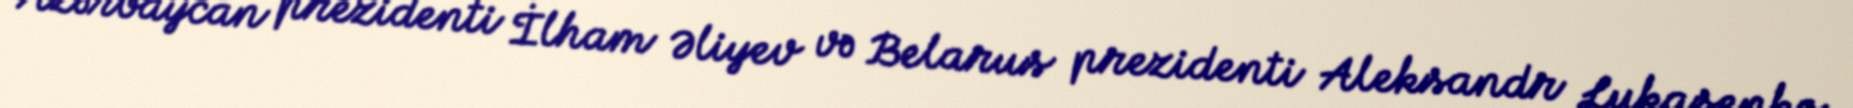
Azərbaycan prezidenti İlham Əliyev və Belarus prezidenti Aleksandr Lukaşenko